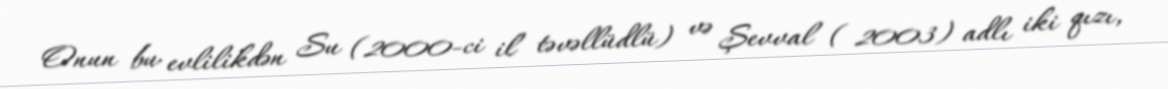
Onun bu evlilikdən Su (2000-ci il təvəllüdlü) və Şevval ( 2003) adlı iki qızı,